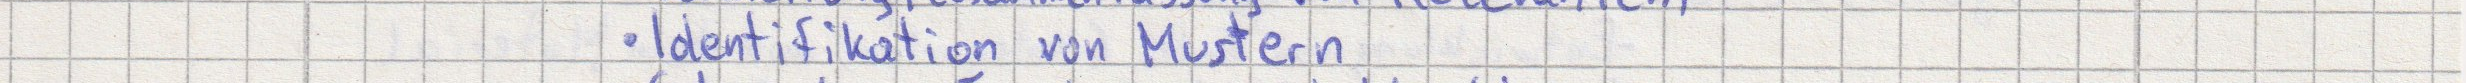
Identifikation von Mustern